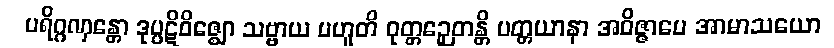
ပရိဂ္ဂဏှန္တော ဒုပ္ပဋိဝိဇ္ဈော သဗ္ဗာယ ပဟူတိ ဝုတ္တဉှေတန္တိ ပတ္တယာနာ အဝိဇ္ဇာပေ အာမာသယော